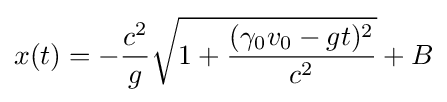
x(t)=-{\frac {c^{2}}{g}}{\sqrt {1+{\frac {(\gamma _{0}v_{0}-gt)^{2}}{c^{2}}}}}+B